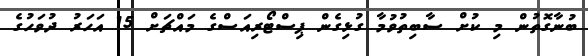
ބުނާގޮތުން މި ކުށް ސާބިތުވުމާ ގުޅިގެން ޕިސްޓޯރިއަސްގެ މައްޗަށް 15 އަހަރު ދުވަހުގެ